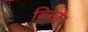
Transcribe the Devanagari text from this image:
बिरछा